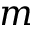
m